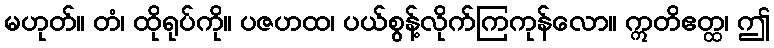
မဟုတ်။ တံ၊ ထိုရုပ်ကို။ ပဇဟထ၊ ပယ်စွန့်လိုက်ကြကုန်လော။ ဣတိဧတ္ထ၊ ဤ